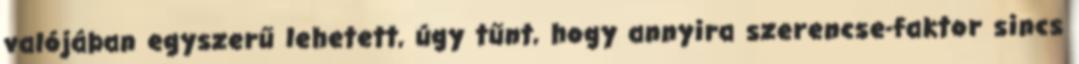
valójában egyszerű lehetett, úgy tűnt, hogy annyira szerencse-faktor sincs